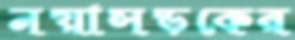
নয়াসড়কের